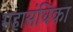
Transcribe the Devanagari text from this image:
महासंघिका